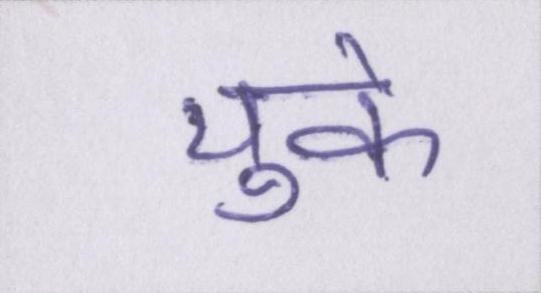
चुके